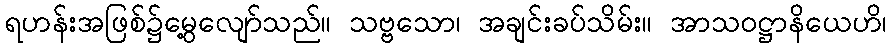
ရဟန်းအဖြစ်၌မွေ့လျော်သည်။ သဗ္ဗသော၊ အချင်းခပ်သိမ်း။ အာသဝဋ္ဌာနိယေဟိ၊